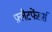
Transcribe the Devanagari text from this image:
फ़्लैटफेंडर्स